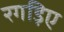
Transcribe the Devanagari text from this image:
रगड़िए